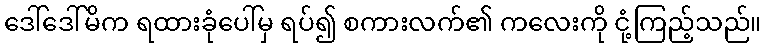
ဒေါ်ဒေါ်မိက ရထားခုံပေါ်မှ ရပ်၍ စကားလက်၏ ကလေးကို ငုံ့ကြည့်သည်။